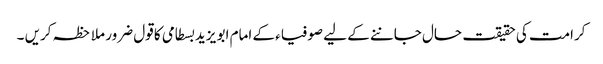
کرامت کی حقیقت حال جاننے کے لیے صوفیاء کے امام ابو یزید بسطامی کا قول ضرور ملاحظہ کریں ۔